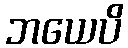
ဘယေပိ